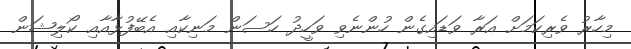
މިހާރު ވެރިކަމަށް އަރާ ވަޑައިގެން ހުންނެވި ވަހީދު ހަސަން މަނިކާއި އެބޭފުޅާއާއި ކޯލިޝަން